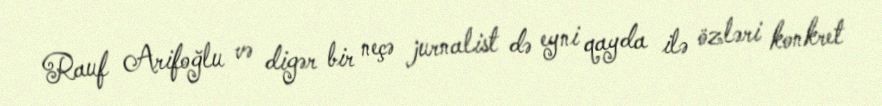
Rauf Arifoğlu və digər bir neçə jurnalist də eyni qayda ilə özləri konkret